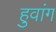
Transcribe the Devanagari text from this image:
हुवांग